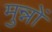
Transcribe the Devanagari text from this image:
मुन्नों